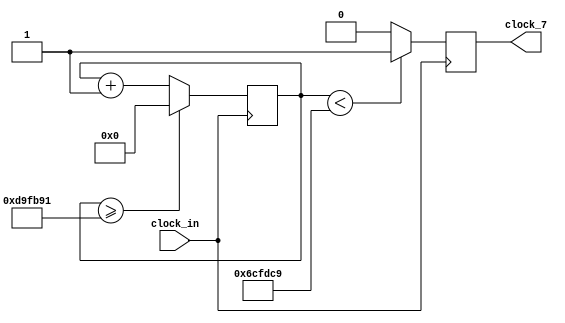
`timescale 1ns / 1ps
//////////////////////////////////////////////////////////////////////////////////
// Company: 
// Engineer: 
// 
// Design Name: 
// Module Name:    clock_7hz 
// Project Name: 
// Target Devices: 
// Tool versions: 
// Description: 
//
// Dependencies: 
//
// Revision: 
// Revision 0.01 - File Created
// Additional Comments: 
//
//////////////////////////////////////////////////////////////////////////////////
module clock_7hz(input clock_in, output reg clock_7);

reg [27:0]  counter = 28'd0;
parameter DIVISOR = 28'd14285714;
always @(posedge clock_in)
begin
counter <= counter + 28'd1;
if (counter >=(DIVISOR-1))
counter <= 28'd0;
clock_7 <= (counter<DIVISOR/2)?1'b1:1'b0;

end



endmodule